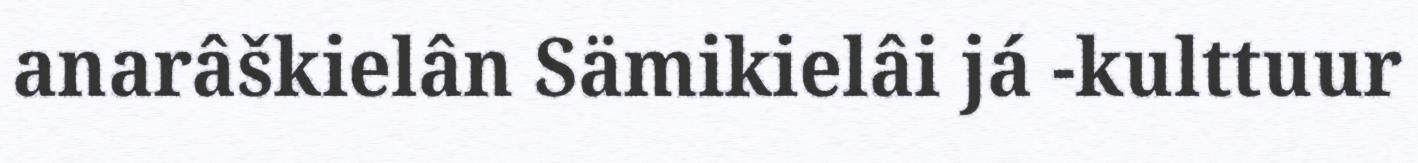
anarâškielân Sämikielâi já -kulttuur